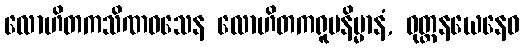
လောဟိတကသိဏဝသေန လောဟိတကရူပနိမ္မာနံ, ဝုတ္တနယေနေဝ